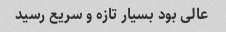
عالی بود بسیار تازه و سریع رسید